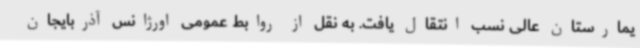
یمارستان عالی نسب انتقال یافت. به نقل از روابط عمومی اورژانس آذربایجان